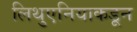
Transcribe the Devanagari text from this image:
लिथुएनियाकडून